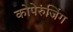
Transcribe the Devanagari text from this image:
कोपेरुंजिंग